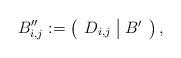
LaTeX: \begin{align*}B''_{i,j}:=\left(\begin{array}{c|c}D_{i,j} & B'\end{array}\right),\end{align*}